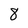
Character: 8